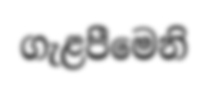
ගැළපීමෙනි